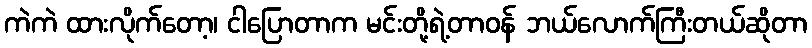
ကဲကဲ ထားလိုက်တော့၊ ငါပြောတာက မင်းတို့ရဲ့တာဝန် ဘယ်လောက်ကြီးတယ်ဆိုတာ